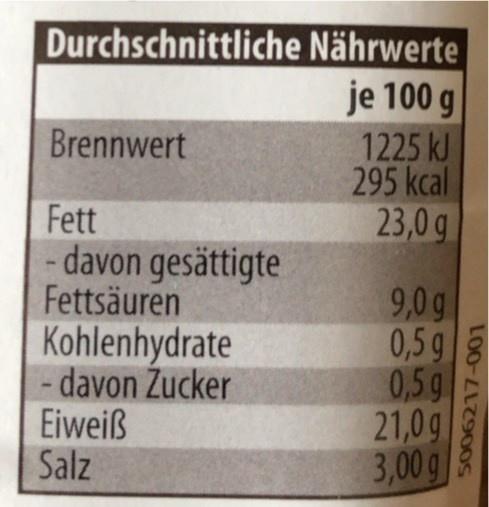
Durchschnittliche Nährwerte je 100 g 1225 kJ 295 kcal 23,0g
Brennwert
Fett - davon gesättigte Fettsäuren Kohlenhydrate - davon Zucker Eiweiß Salz
9,0g 0,5 g 0,5g 21,0g 3,00g
LOO-L7700S